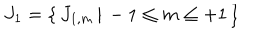
J _ { 1 } = \{ \, J _ { 1 , m } \, | \, - 1 \le m \le + 1 \, \}